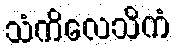
သံကိလေသိကံ